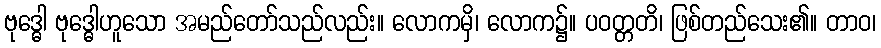
ဗုဒ္ဓေါ ဗုဒ္ဓေါဟူသော အမည်တော်သည်လည်း။ လောကမှိ၊ လောက၌။ ပဝတ္တတိ၊ ဖြစ်တည်သေး၏။ တာဝ၊